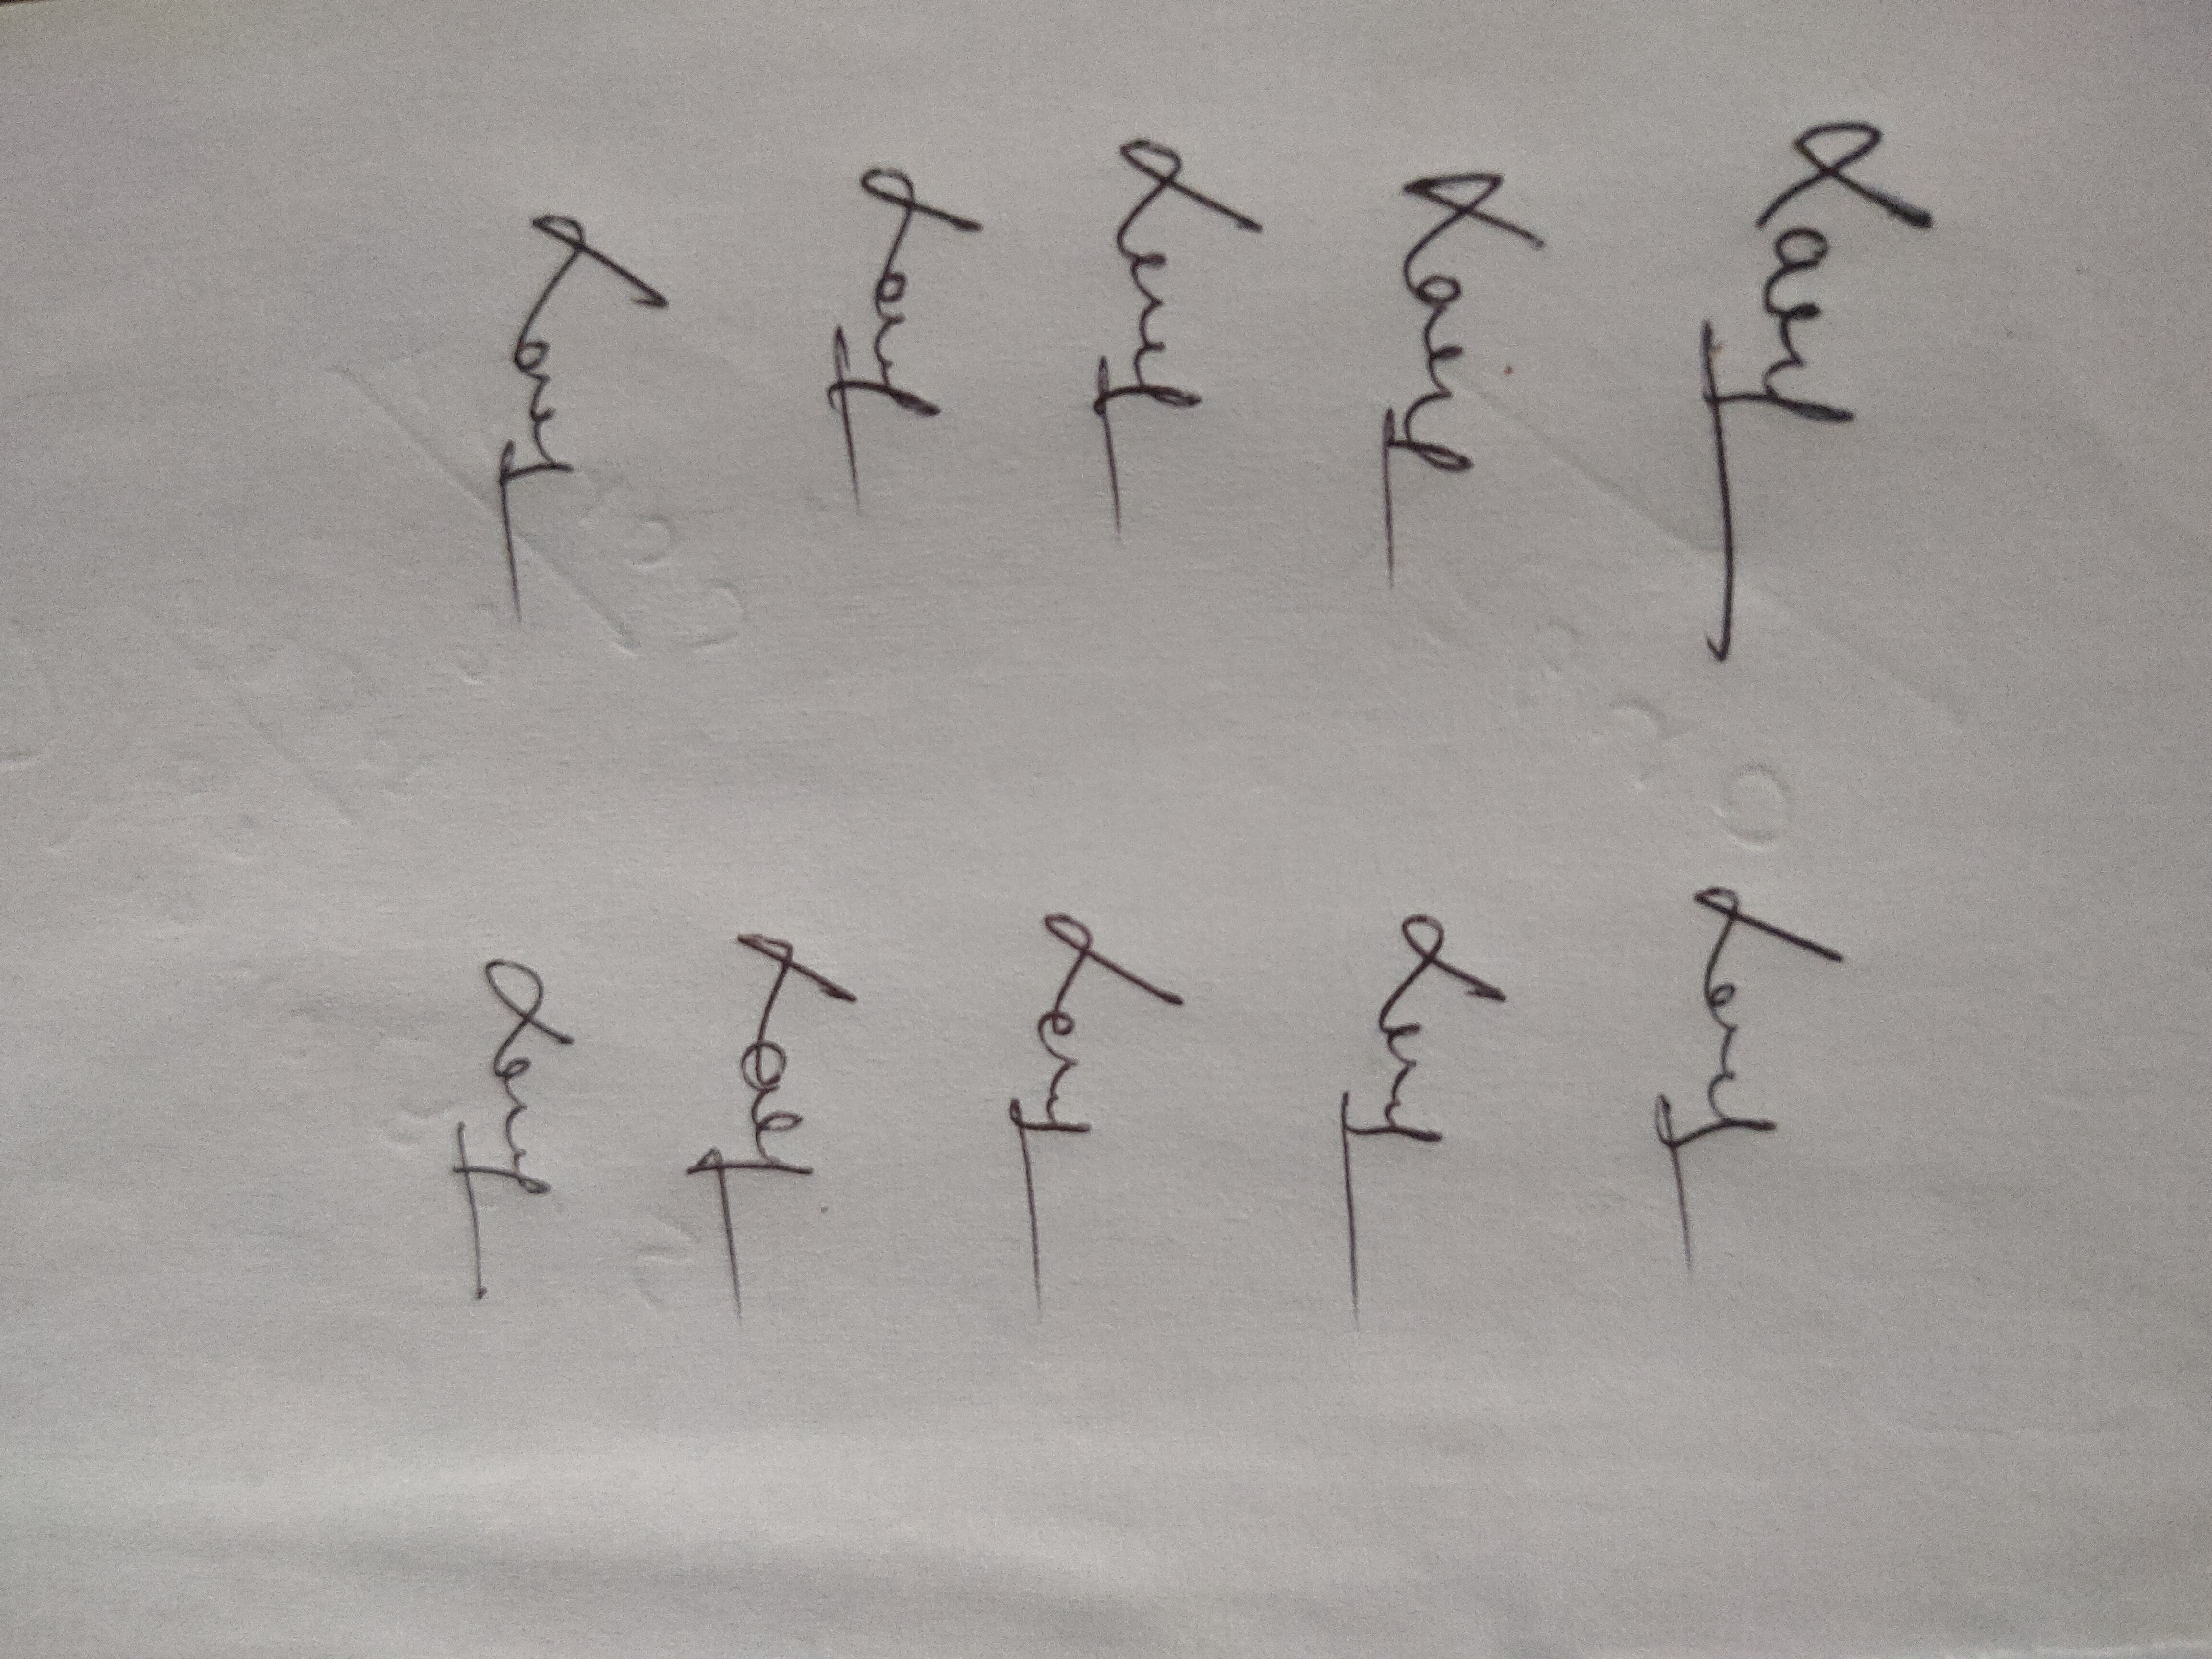
Signature authenticity: genuine